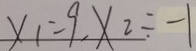
x _ { 1 } = 9 , X _ { 2 } \div - 1